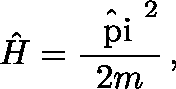
{ \hat { H } } = { \frac { \hat { \mathrm { \boldmath ~ \ p i ~ } } ^ { 2 } } { 2 m } } \, ,